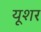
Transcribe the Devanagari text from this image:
यूशर